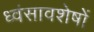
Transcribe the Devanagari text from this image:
ध्‍वंसावशेषों